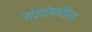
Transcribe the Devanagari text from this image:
संज्ञांमधील